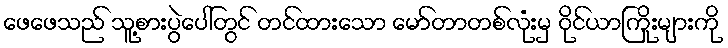
ဖေဖေသည် သူ့စားပွဲပေါ်တွင် တင်ထားသော မော်တာတစ်လုံးမှ ဝိုင်ယာကြိုးများကို